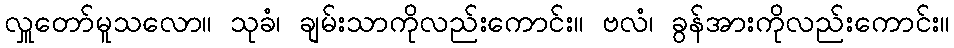
လှူတော်မူသလော။ သုခံ၊ ချမ်းသာကိုလည်းကောင်း။ ဗလံ၊ ခွန်အားကိုလည်းကောင်း။